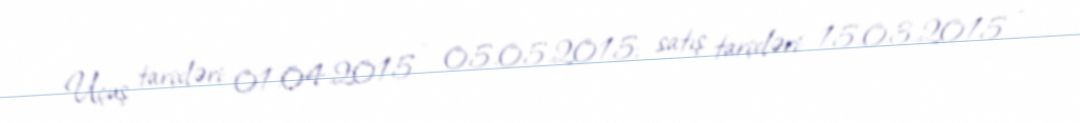
Uçuş tarixləri: 01.04.2015 - 05.05.2015; satış tarixləri: 15.03.2015 -